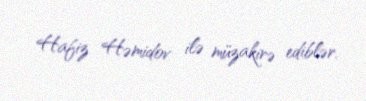
Hafiz Həmidov ilə müzakirə ediblər.